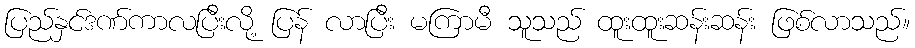
ပြည်နှင်ဒဏ်ကာလပြီးလို့ ပြန် လာပြီး မကြာမီ သူသည် ထူးထူးဆန်းဆန်း ဖြစ်လာသည်။